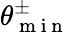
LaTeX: \theta_{\mathrm{~m~i~n~}}^{\pm}